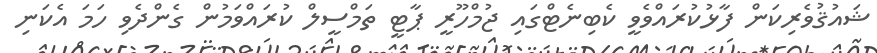
ޝައުޤުވެރިކަން ފާޅުކުރައްވެވީ ކެބިނެޓްގައި ޖުމްހޫރީ ޕާޓީ ތަމްސީލް ކުރައްވަމުން ގެންދެވި ހަމަ އެކަނި